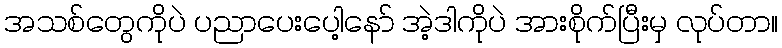
အသစ်တွေကိုပဲ ပညာပေးပေါ့နော် အဲ့ဒါကိုပဲ အားစိုက်ပြီးမှ လုပ်တာ။